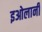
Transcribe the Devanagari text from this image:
इओलानी